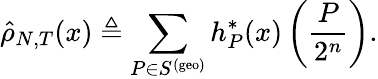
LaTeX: \hat{\rho}_{N,T}(x)\triangleq\sum_{P\in S^{(\mathrm{geo})}}h_{P}^{*}(x)\left(\frac{P}{2^{n}}\right).